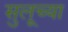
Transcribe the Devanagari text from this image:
सुलूच्या